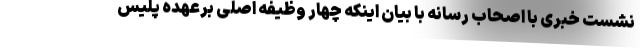
نشست خبری با اصحاب رسانه با بیان اینکه چهار وظیفه اصلی برعهده پلیس